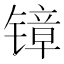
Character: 𲈗